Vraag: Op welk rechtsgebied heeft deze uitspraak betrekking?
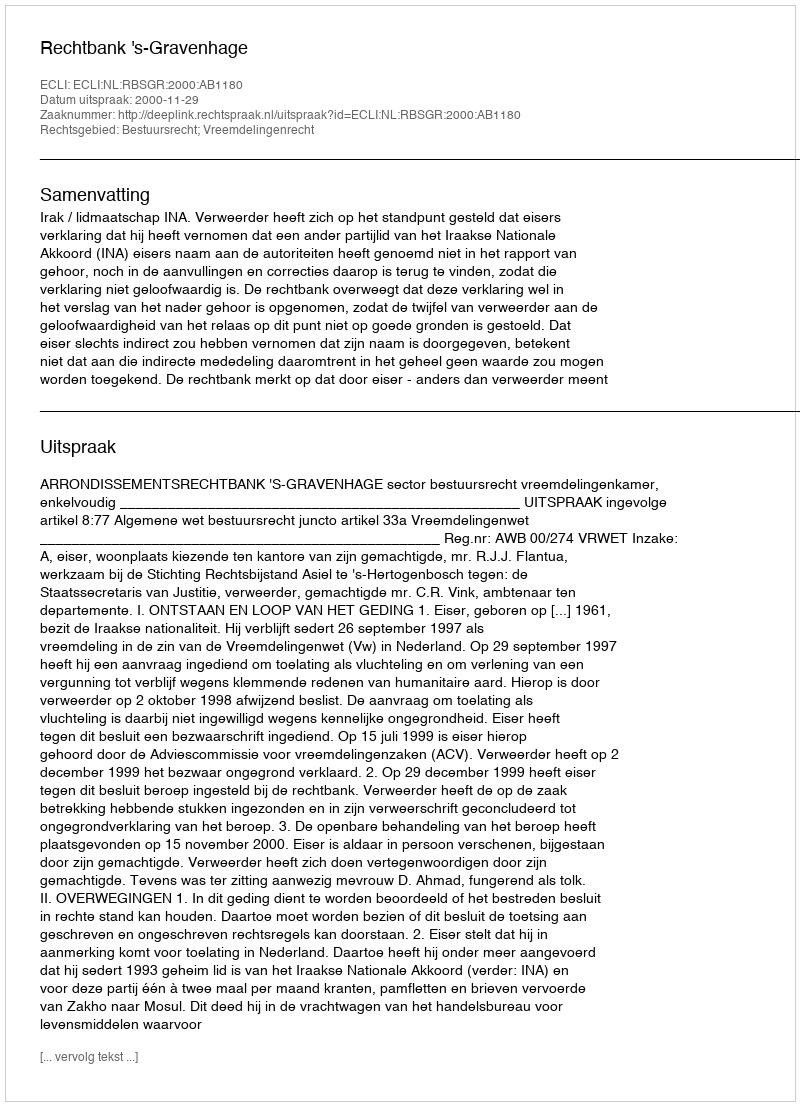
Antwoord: Bestuursrecht; Vreemdelingenrecht